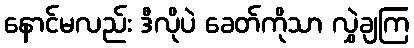
နောင်မလည်း ဒီလိုပဲ ခေတ်ကိုသာ လွှဲချကြ